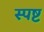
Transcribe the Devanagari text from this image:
स्‍पष्ट